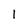
Character: 1